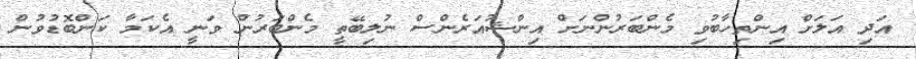
އަދި އަލަށް އިންތިހާބުވި މެންބަރުންނަށް އިންޝުއަރެންސް ނުލިބޭތީ މެންބަރުން ވަނީ އެކަމާ ކަންބޮޑުވުން